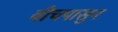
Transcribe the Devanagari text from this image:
बीचपासुन